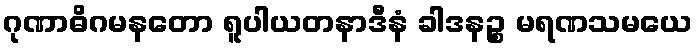
ဂုဏာဓိဂမနတော ရူပါယတနာဒီနံ ခါဒနဉ္စ မရဏသမယေ